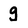
Character: g